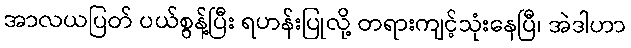
အာလယပြတ် ပယ်စွန့်ပြီး ရဟန်းပြုလို့ တရားကျင့်သုံးနေပြီ၊ အဲဒါဟာ